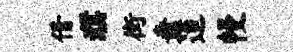
借濮街纛迨幔